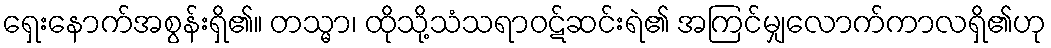
ရှေးနောက်အစွန်းရှိ၏။ တသ္မာ၊ ထိုသို့သံသရာဝဋ်ဆင်းရဲ၏ အကြင်မျှလောက်ကာလရှိ၏ဟု